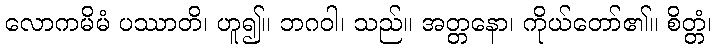
လောကမိမံ ပဿာတိ၊ ဟူ၍။ ဘဂဝါ၊ သည်။ အတ္တနော၊ ကိုယ်တော်၏။ စိတ္တံ၊